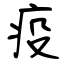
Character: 疫